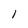
Character: 1